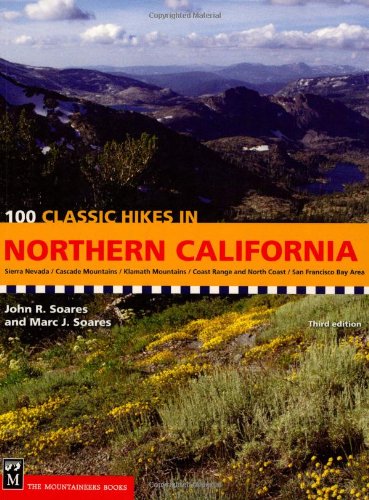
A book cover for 100 Classic Hikes in Northern California; John R. Soares; Travel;